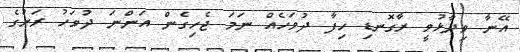
އޭނާ ވިދާޅުވީ ރާގޮނޑި ހިފާ ދުވަހެއް ނަމަ ޖެހިގެން އަންނަ ދުވަހު ރަށުގެ